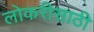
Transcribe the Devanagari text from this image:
लोकरीसाठी